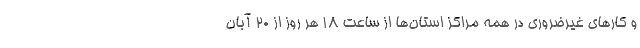
و کارهای غیرضروری در همه مراکز استان‌ها از ساعت ۱۸ هر روز از ۲۰ آبان